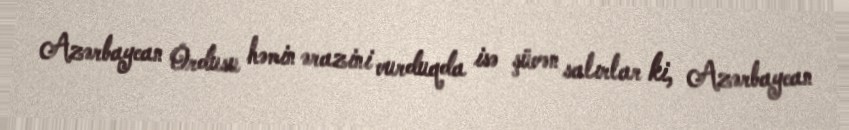
Azərbaycan Ordusu həmin ərazini vurduqda isə şüvən salırlar ki, Azərbaycan